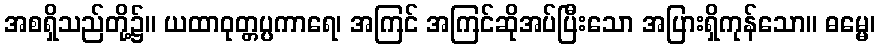
အစရှိသည်တို့၌။ ယထာဝုတ္တပ္ပကာရေ၊ အကြင် အကြင်ဆိုအပ်ပြီးသော အပြားရှိကုန်သော။ ဓမ္မေ၊